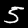
Digit: 5